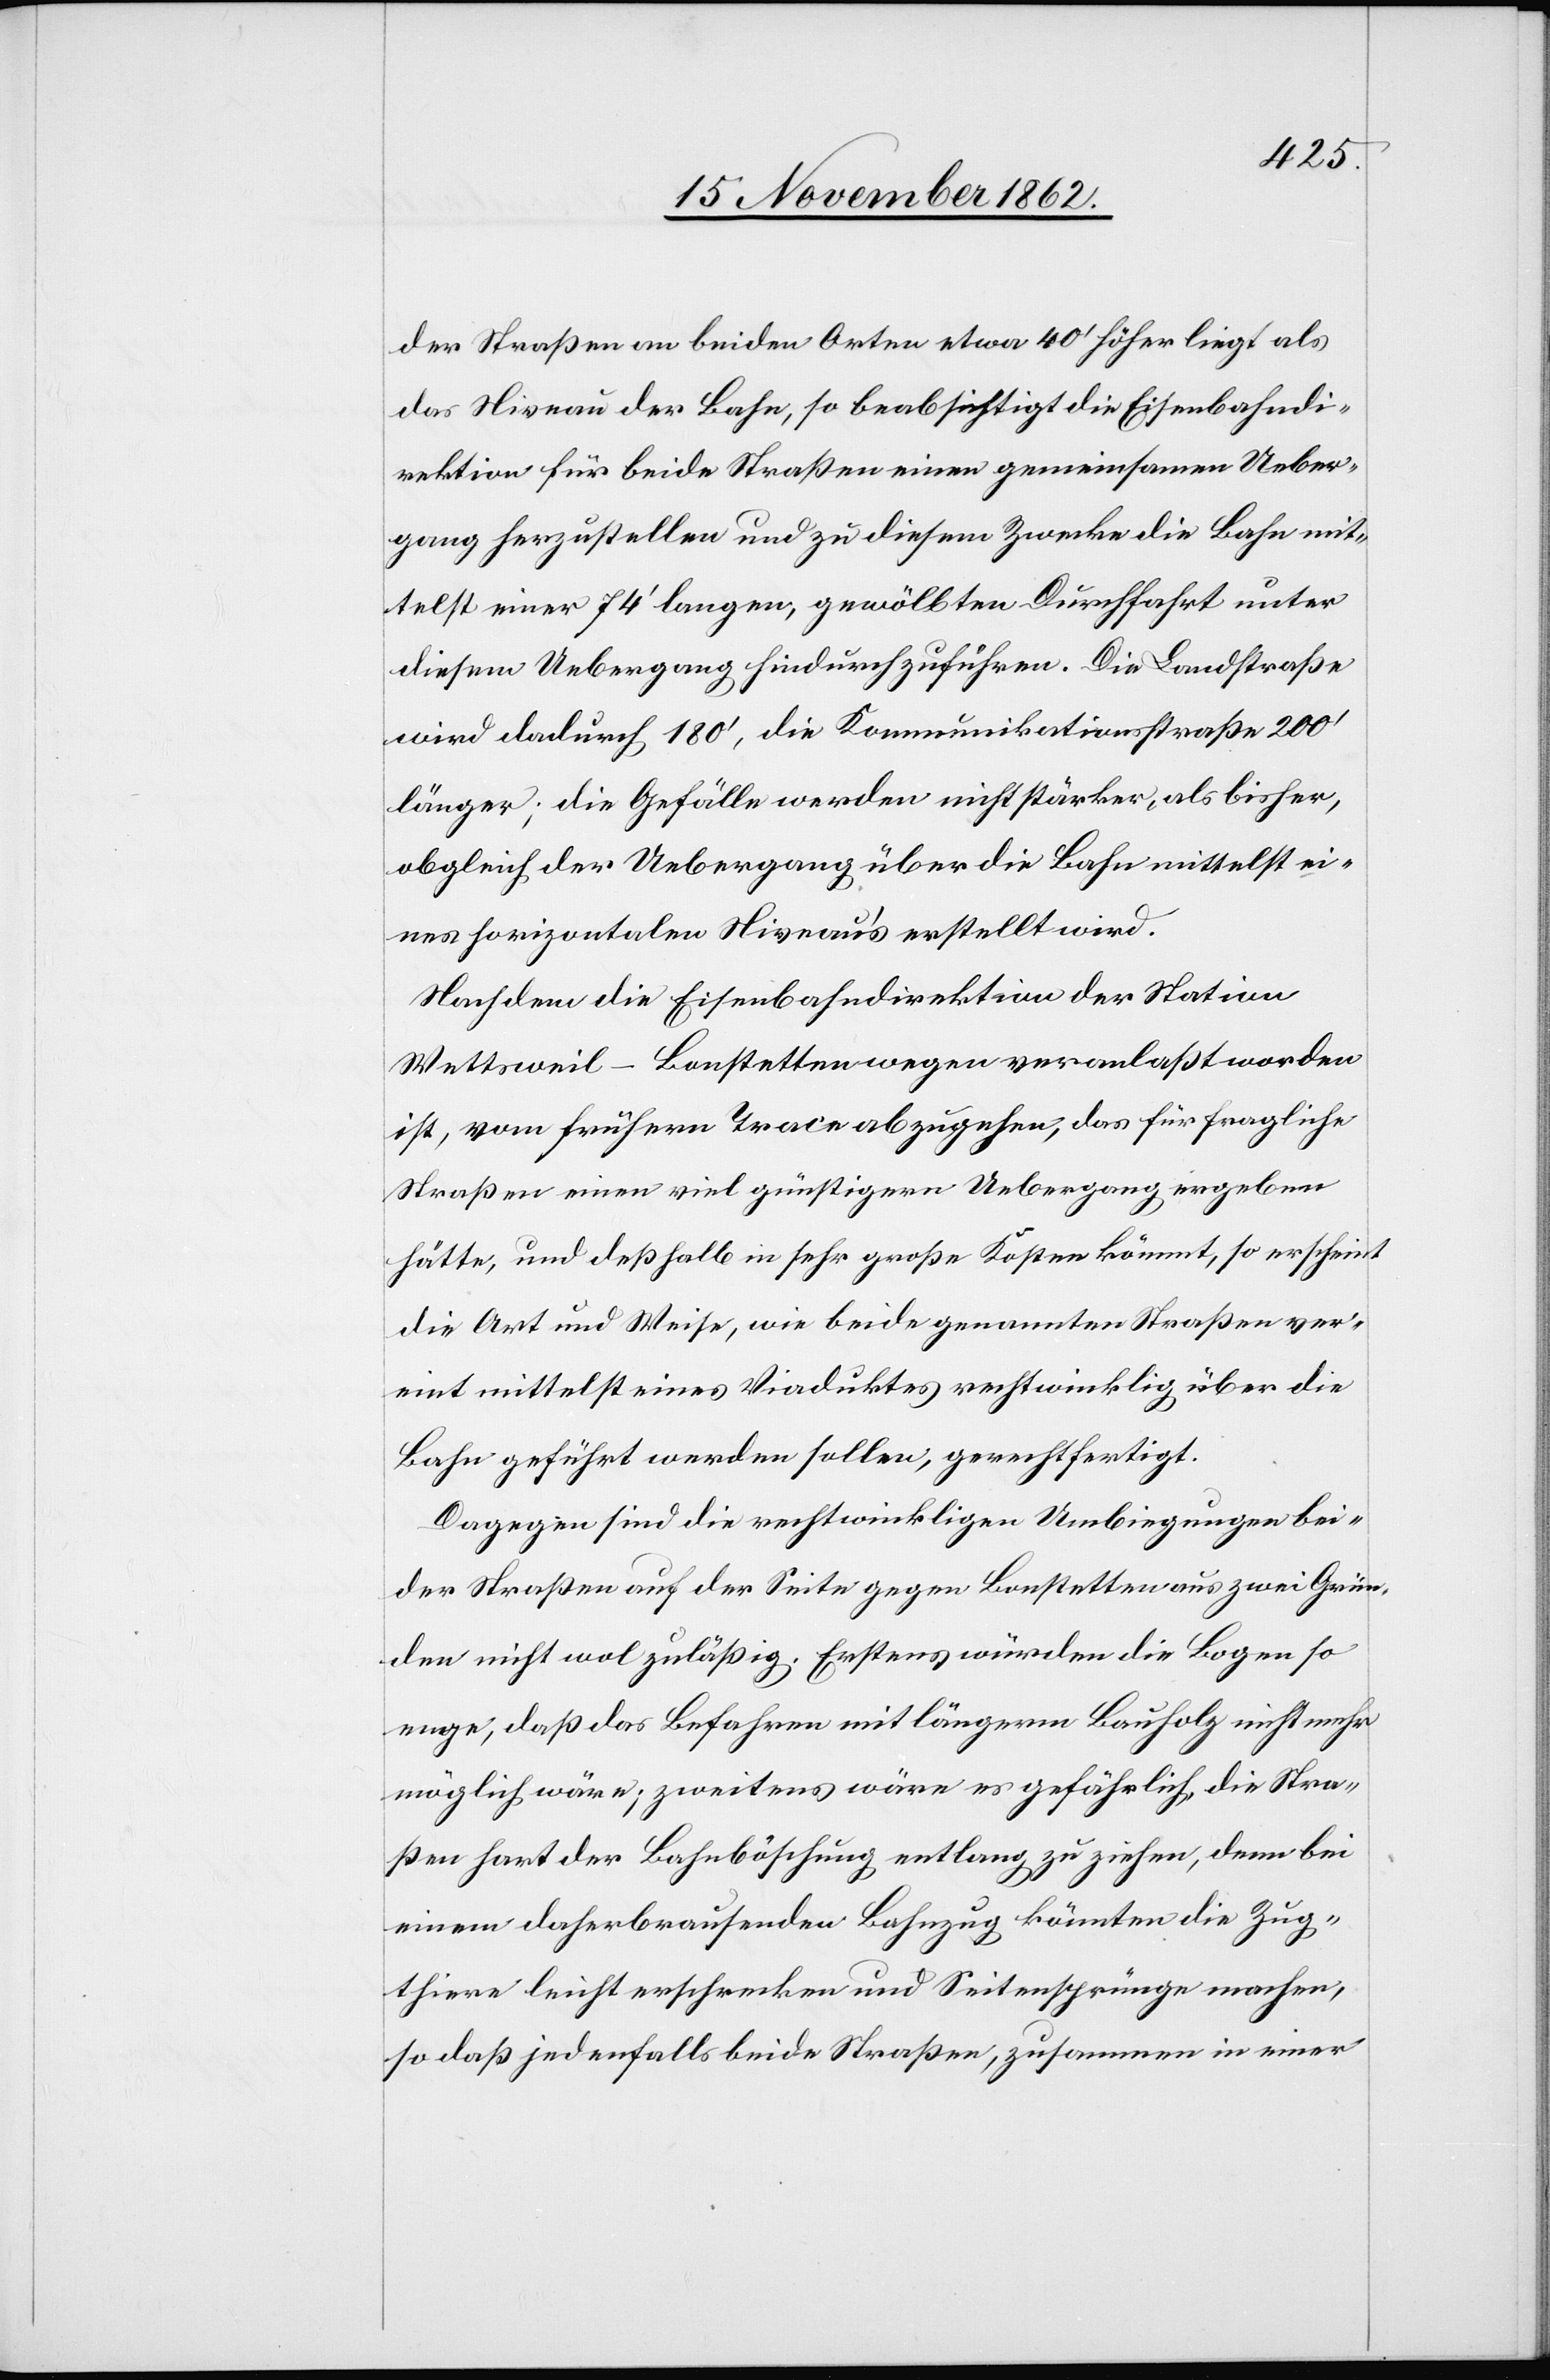
der Straßen an beiden Orten etwa 40’ höher liegt als
das Niveau der Bahn, so beabsichtigt die Eisenbahndi¬
rektion für beide Straßen einen gemeinsamen Ueber¬
gang herzustellen und zu diesem Zwecke die Bahn mit¬
telst einer 74’ langen, gewölbten Durchfahrt unter
diesem Uebergang hindurchzuführen. Die Landstraße
wird dadurch 180’, die Kommunikationsstraße 200’
länger; die Gefälle werden nicht stärker, als bisher,
obgleich der Uebergang über die Bahn mittelst ei¬
nes horizontalen Niveau’s erstellt wird.
Nachdem die Eisenbahndirektion der Station
Wettsweil-Bonstetten wegen veranlaßt worden
ist, vom frühern Trace abzugehen, das für fragliche
Straßen einen viel günstigern Uebergang ergeben
hätte, und deßhalb in sehr große Kosten kömmt, so erscheint
die Art und Weise, wie beide genannten Straßen ver¬
eint mittelst eines Viaduktes rechtwinklig über die
Bahn geführt werden sollen, gerechtfertigt.
Dagegen sind die rechtwinkligen Umbiegungen bei¬
der Straßen auf der Seite gegen Bonstetten aus zwei Grün¬
den nicht wol zuläßig. Erstens würden die Bogen so
enge, daß das Befahren mit längerm Bauholz nicht mehr
möglich wäre; zweitens wäre es gefährlich, die Stra¬
ßen hart der Bahnböschung entlang zu ziehen, denn bei
einem daherbrausenden Bahnzug könnten die Zug¬
thiere leicht erschrecken und Seitensprünge machen,
so daß jedenfalls beide Straßen, zusammen in einer